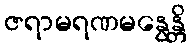
ဇရာမရဏမနွေန္တိ